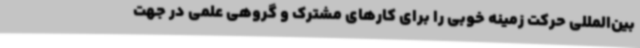
بین‌المللی حرکت زمینه خوبی را برای کارهای مشترک و گروهی علمی در جهت